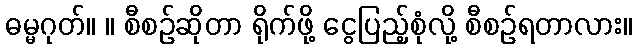
ဓမ္မဂုတ်။ ။ စီစဉ်ဆိုတာ ရိုက်ဖို့ ငွေပြည့်စုံလို့ စီစဉ်ရတာလား။